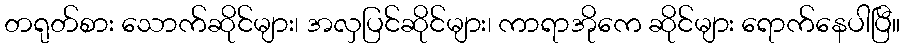
တရုတ်စား သောက်ဆိုင်များ၊ အလှပြင်ဆိုင်များ၊ ကာရာအိုကေ ဆိုင်များ ရောက်နေပါပြီ။